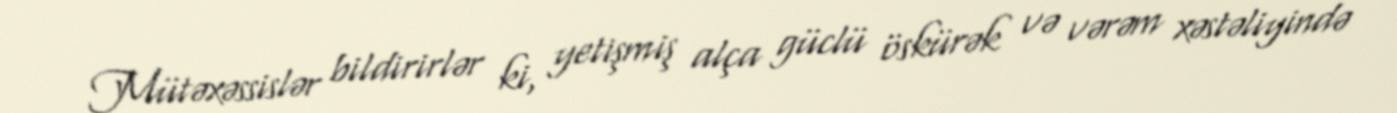
Mütəxəssislər bildirirlər ki, yetişmiş alça güclü öskürək və vərəm xəstəliyində